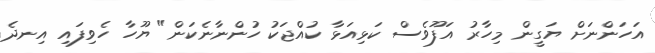
އަހަންނަށް ޔަގީން މިހާރު އަފޫވެސް ކަޅިއަޅާ ކުއްޖަކު ހުންނާނެކަން" ޔޫހާ ހެވިފައި އިނދެ